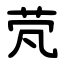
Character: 䒮